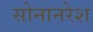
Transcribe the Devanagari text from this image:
सोनानरेश